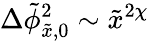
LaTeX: \Delta\tilde{\phi}_{\tilde{x},0}^{2}\sim\tilde{x}^{2\chi}